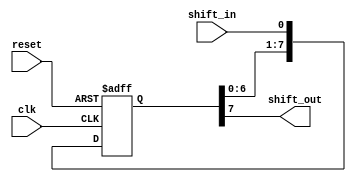
module shift_reg(
    input wire clk,
    input wire reset,
    input wire shift_in,
    output reg shift_out
);

reg [7:0] data;

always @(posedge clk or posedge reset) begin
    if (reset) begin
        data <= 8'b0;
    end else begin
        data <= {data[6:0], shift_in};
    end
end

assign shift_out = data[7];

endmodule